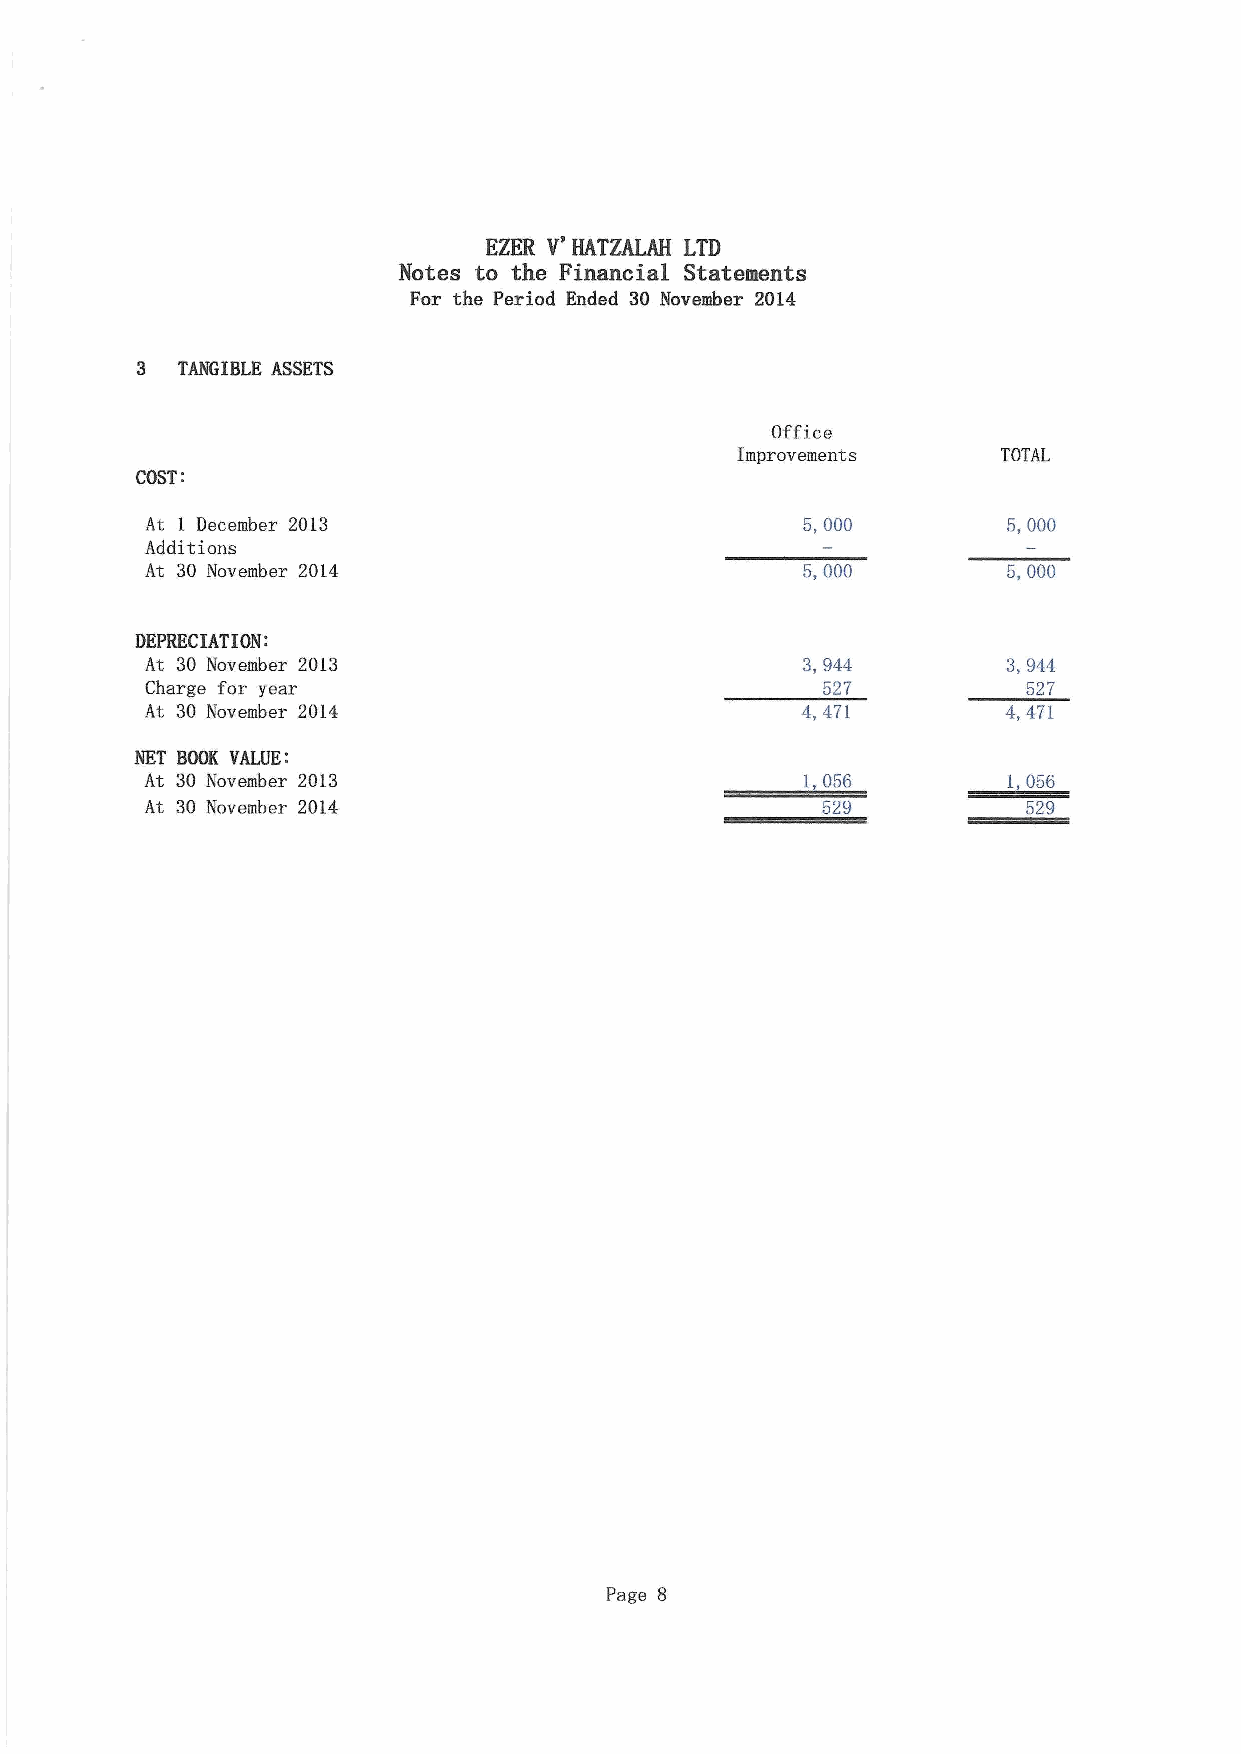
V'
 EZER  HATZALAH LTD
 Notes to the Financial Statements
 For the Period Ended 30 November 2014
 3  TANGIBLE ASSETS
 Office
 Improvements     TOTAL
 COST:
 At 1. December 2013                        5,000         5,000
 Additions
 At 30 November 2014                        5,000         5,000
 DEPRECIATION:
 At 30 November 201.3                       3,944         3,944
 Charge for year                             527           527
 At 30 November 2014                        4,471         4,471
 NET BOOK VALUE:
 At 30 November 2013                        1,056         1,056
 At 30 November 2014                         529           522
 Page 8